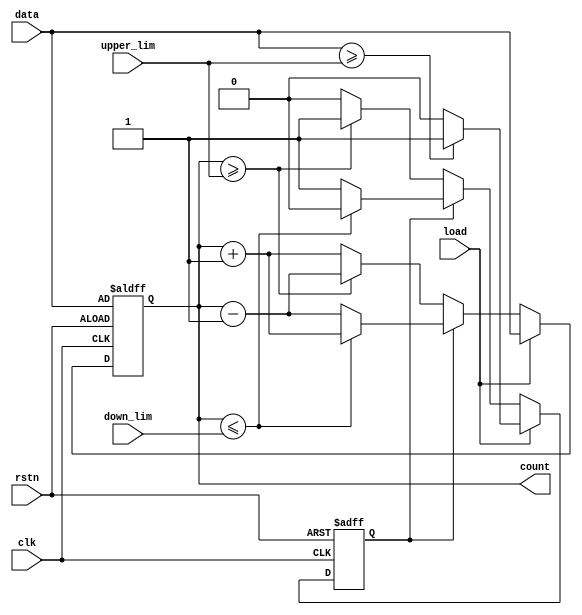
`timescale 1 ns/1 ns


module updown_counter( data, clk, rstn, load, upper_lim, down_lim, count );
	input   [15:0] data, upper_lim, down_lim;
	input   rstn, clk, load;
    output  [15:0] count;
    reg		[15:0] count;
	reg		updown_ctl;
	

	always@(posedge clk or negedge rstn )
	begin
		if(!rstn)begin
			count <= data;
			updown_ctl <= 1'b0;
			end
		else 
		  if (load == 1'b1)
			begin
			 count <= data;
				if (data >= upper_lim) //
					updown_ctl  <= 1'b1; //down count
				else 
					updown_ctl  <= 1'b0; //up count
			end
		  else
			 //count <= count;
			 if(updown_ctl == 1'b0)
				if(count >= upper_lim)begin
					count 		<= count - 'h0001;
					updown_ctl	<= 1'b1;
				end
				else
					count		<= count + 'h0001;
			 else if(count <= down_lim)
				begin
					count 		<= count + 'h0001;
					updown_ctl	<= 1'b0;
				end
				else
					count		<= count - 'h0001;		
	end				
					
endmodule